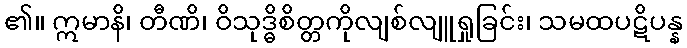
၏။ ဣမာနိ၊ တီဏိ၊ ဝိသုဒ္ဓိစိတ္တကိုလျစ်လျူရှုခြင်း၊ သမထပဋိပန္န